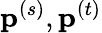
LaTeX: \mathbf{p}^{(s)},\mathbf{p}^{(t)}